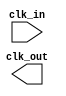
module ClockTreeBuffer (
    input wire clk_in,           // Input clock signal
    output wire clk_out          // Output clock signal
);

    // Parameter definitions for buffer sizes and load balancing
    parameter NUM_STAGES = 3;   // Number of buffer stages
    parameter NUM_BRANCHES = 4;  // Number of branches at each stage

    // Intermediate clock signals for each stage
    wire [NUM_STAGES-1:0] clk_stage [0:NUM_BRANCHES-1];

    // Input Buffer Stage
    buf buf_input (
        .A(clk_in),
        .Z(clk_stage[0][0])  // First stage output
    );

    // Generate buffer stages in a tree structure
    genvar i, j;
    generate
        for (i = 0; i < NUM_STAGES; i = i + 1) begin : buffer_stage
            for (j = 0; j < NUM_BRANCHES; j = j + 1) begin : branch
                if (i == 0) begin
                    // Connect first stage output to the branches
                    buf buf_stage (
                        .A(clk_stage[i][0]),
                        .Z(clk_stage[i+1][j])
                    );
                end else begin
                    // Connect previous stage outputs to the current stage branches
                    buf buf_stage (
                        .A(clk_stage[i][j]),
                        .Z(clk_stage[i+1][j])
                    );
                end
            end
        end
    endgenerate

    // Final output buffer to drive the output clock
    buf buf_output (
        .A(clk_stage[NUM_STAGES][0]), // Connect to the last stage's output
        .Z(clk_out)
    );

endmodule